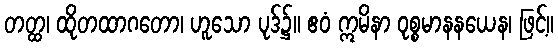
တတ္ထ၊ ထိုတထာဂတော၊ ဟူသော ပုဒ်၌။ ဧဝံ ဣမိနာ ဝုစ္စမာနနယေန၊ ဖြင့်။